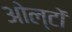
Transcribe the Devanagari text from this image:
ओल्टों